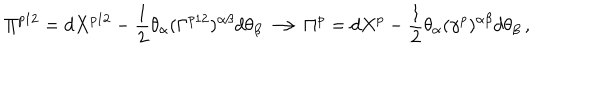
\Pi ^ { p 1 2 } = d X ^ { p 1 2 } - \frac { 1 } { 2 } \theta _ { \alpha } ( \Gamma ^ { p 1 2 } ) ^ { \alpha \beta } d \theta _ { \beta } \longrightarrow \Pi ^ { p } = d X ^ { p } - \frac { 1 } { 2 } \theta _ { \alpha } ( \gamma ^ { p } ) ^ { \alpha \beta } d \theta _ { \beta } \, ,